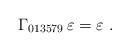
LaTeX: \begin{align*}\Gamma_{013579}\, \varepsilon = \varepsilon~.\end{align*}